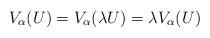
LaTeX: \begin{align*}V_\alpha(U) = V_\alpha(\lambda U) = \lambda V_\alpha(U)\end{align*}